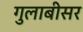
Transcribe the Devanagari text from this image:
गुलाबीसर